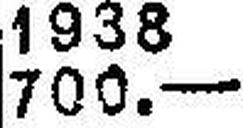
700.—